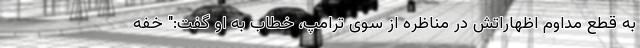
به قطع مداوم اظهاراتش در مناظره از سوی ترامپ، خطاب به او گفت:" خفه